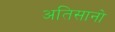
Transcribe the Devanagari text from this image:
अतिसानो